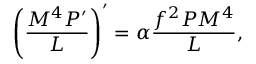
\left( \frac { M ^ { 4 } P ^ { \prime } } { { \cal L } } \right) ^ { \prime } = \alpha \frac { f ^ { 2 } P M ^ { 4 } } { \cal L } ,